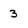
Character: 3